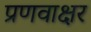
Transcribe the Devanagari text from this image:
प्रणवाक्षर